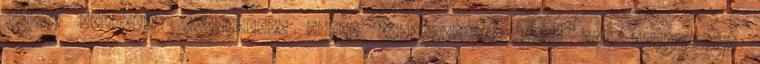
18:00, Budapest Bábszínház Gólem Színház: HA LESZ EGY FÉRFINAK.-